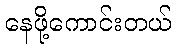
နေဖို့ကောင်းတယ်